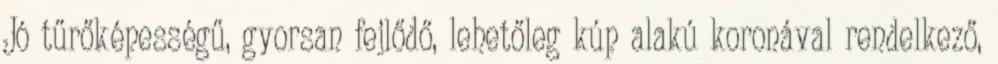
Jó tűrőképességű, gyorsan fejlődő, lehetőleg kúp alakú koronával rendelkező,